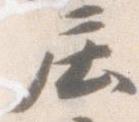
庄